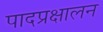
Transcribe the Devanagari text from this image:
पादप्रक्षालन